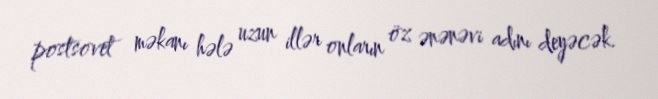
postsovet məkanı hələ uzun illər onların öz ənənəvi adını deyəcək.